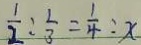
\frac { 1 } { 2 } : \frac { 1 } { 3 } = \frac { 1 } { 4 } : x